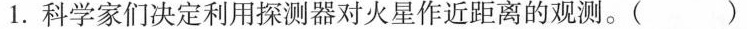
1. 科学家们决定利用探测器对火星作近距离的观测。()